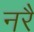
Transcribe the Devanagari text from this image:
नरै